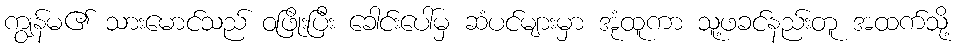
ကျွန်မ၏ သားမောင်သည် ဝဖြိုးပြီး ခေါင်းပေါ်မှ ဆံပင်များမှာ အုံထူကာ သူ့ဖခင်နည်းတူ အထက်သို့